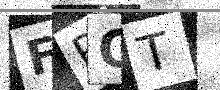
Text: FPOT